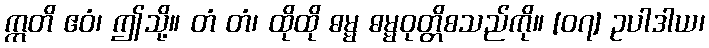
ဣတိ ဧဝံ၊ ဤသို့။ တံ တံ၊ ထိုထို ဓမ္မ ဓမ္မဝုတ္တိစသည်ကို။ [၀၇] ဥပါဒါယ၊